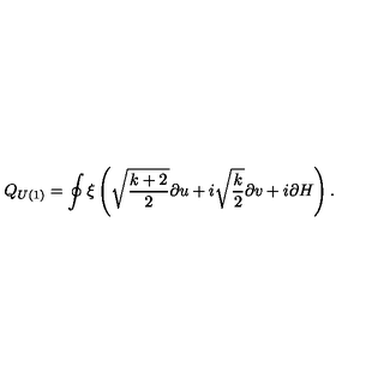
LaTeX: Q _ { U ( 1 ) } = \oint \xi \left( \sqrt { \frac { k + 2 } { 2 } } \partial u + i \sqrt { \frac { k } { 2 } } \partial v + i \partial H \right) .